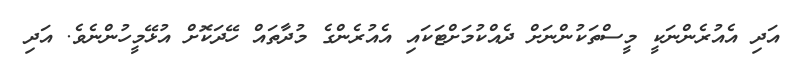
އަދި އެއުރެންނަކީ މީސްތަކުންނަށް ދެއްކުމަށްޓަކައި އެއުރެންގެ މުދާތައް ހޭދަކޮށް އުޅޭމީހުންނެވެ. އަދި